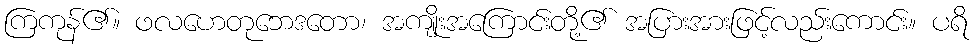
ကြကုန်၏။ ဖလဟေတုဘေဒတော၊ အကျိုးအကြောင်းတို့၏ အပြားအားဖြင့်လည်းကောင်း။ ပရိ